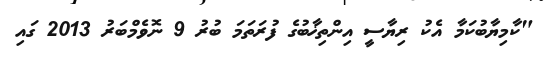
"ކާމިޔާބުކަމާ އެކު ރިޔާސީ އިންތިޚާބުގެ ފުރަތަމަ ބުރު 9 ނޮވެމްބަރު 2013 ގައި